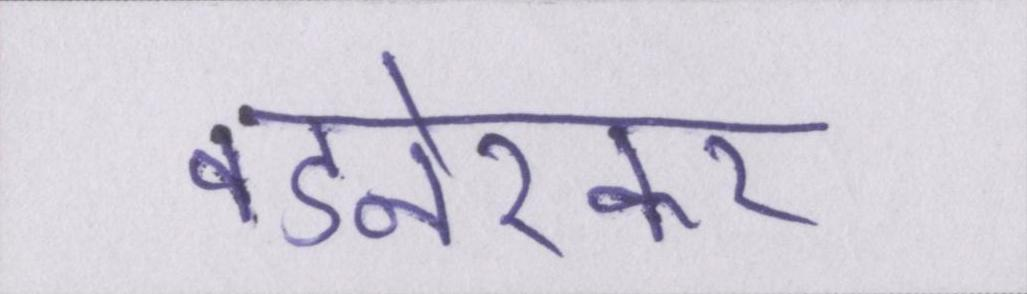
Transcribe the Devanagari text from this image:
वडनेरकर